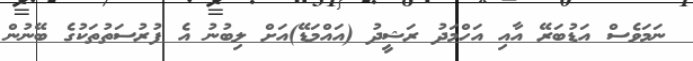
ނަމަވެސް އަޑުބަރޭ އާއި އަހްމަދު ރަޝީދު (އައްމަޑޭ)އަށް ލިބުނު އެ ފުރުސަތުތަކުގެ ބޭނުން